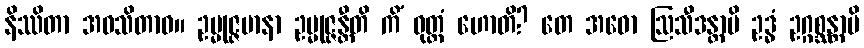
နိဿိတာ အဝသိတာဝ။ ဥမ္မုဇ္ဇမာနာ ဥမ္မုဇ္ဇန္တီတိ ကိံ ဝုတ္တံ ဟောတိ? တေ အဓော ဩသီဒန္တာပိ ဥဒ္ဓံ ဥဂ္ဂစ္ဆန္တာပိ